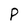
Character: P